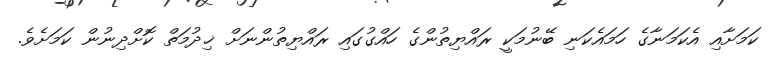
ކަމަށާއި އެކަމަނާގެ ހަމައެކަނި ބޭނުމަކީ ރައްޔިތުންގެ ހައްގުގައި ރައްޔިތުންނަށް ޚިދުމަތް ކޮށްދިނުން ކަމަށެވެ.